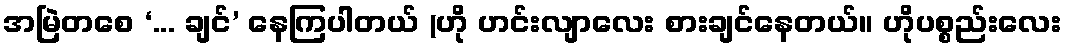
အမြဲတစေ ‘... ချင်’ နေကြပါတယ် (ဟို ဟင်းလျာလေး စားချင်နေတယ်။ ဟိုပစ္စည်းလေး